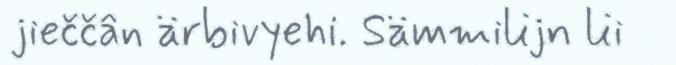
jieččân ärbivyehi. Sämmilijn lii